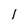
Character: l